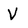
Character: V